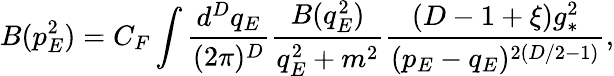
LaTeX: B(p_{E}^{2})=C_{F}\int\frac{d^{D}q_{E}}{(2\pi)^{D}}\frac{B(q_{E}^{2})}{q_{E}^{2}+m^{2}}\frac{(D-1+\xi)g_{*}^{2}}{(p_{E}-q_{E})^{2(D/2-1)}},